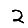
Digit: 2